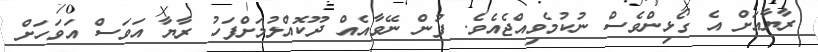
ރާޔާއަށް އެ ގޯޅިންވެސް ނުކުމެވިއްޖެއެވެ. ފުން ނޭވާއެއް ދޫކޮއްލުމަށްފަހު ރާޔާ އަވަސް އަވަހަށް